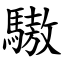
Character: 䮯